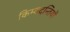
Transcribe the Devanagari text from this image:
किम्वदन्तियों